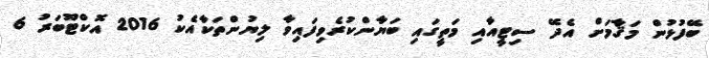
ބޭފުޅުން މަޤާމަށް އެދޭ ސިޓީއާއި މަތީގައި ބަޔާންކުރެވިފައިވާ ލިޔުންތަކާއެކު 2016 އޮކްޓޫބަރު 6